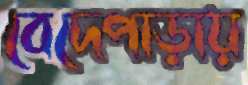
বেদেপাড়ায়